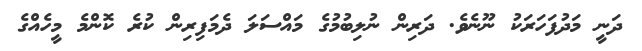
ދަނީ މަދުފަހަރަކު ނޫނެވެ. ދަރިން ނުލިބުމުގެ މައްސަލަ ދެމަފިރިން ކުރެ ކޮންމެ މީހެއްގެ